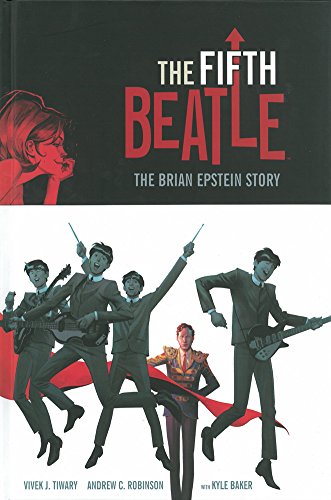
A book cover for The Fifth Beatle: The Brian Epstein Story; Vivek J. Tiwary; Comics & Graphic Novels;